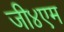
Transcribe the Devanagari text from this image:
जी४एम